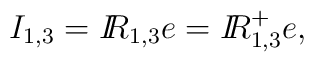
I_{1,3} = \mbox{${\sl  I\!\!R}$}_{1,3}e = \mbox{${\sl  I\!\!R}$}_{1,3}^{+}e ,